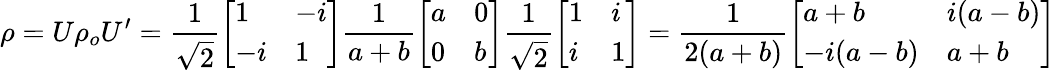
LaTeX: \rho=U\rho_{o}U^{\prime}=\frac{1}{\sqrt{2}}\left[\begin{array}{ll}{1}&{-i}\\ {-i}&{1}\end{array}\right]\frac{1}{a+b}\left[\begin{array}{ll}{a}&{0}\\ {0}&{b}\end{array}\right]\frac{1}{\sqrt{2}}\left[\begin{array}{ll}{1}&{i}\\ {i}&{1}\end{array}\right]=\frac{1}{2(a+b)}\left[\begin{array}{ll}{a+b}&{i(a-b)}\\ {-i(a-b)}&{a+b}\end{array}\right]